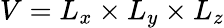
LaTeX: V=L_{x}\times L_{y}\times L_{z}